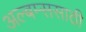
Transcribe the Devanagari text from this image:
अल्बम्ससाठी